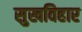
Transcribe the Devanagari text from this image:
सुखविहार